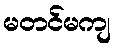
မတင်မကျ